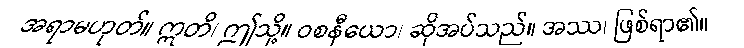
အရာမဟုတ်။ ဣတိ၊ ဤသို့။ ဝစနီယော၊ ဆိုအပ်သည်။ အဿ၊ ဖြစ်ရာ၏။